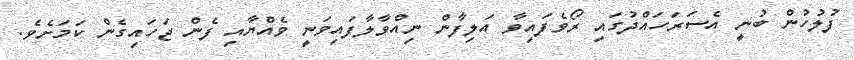
ފުލުހުން ބުނީ އެސަރަހައްދުގައި ރޯވެފައިވާ އަލިފާން ނިއްވާލާފައިވަނީ ވެއްޔާއި ފެން ޖަހައިގެން ކަމަށެވެ.